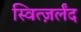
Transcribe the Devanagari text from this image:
स्वित्ज़र्लंद